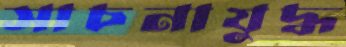
সাচনাযুদ্ধ